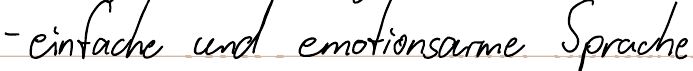
- einfache und emotionsarme Sprache